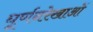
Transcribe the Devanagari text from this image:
घूर्णनरेखाओं